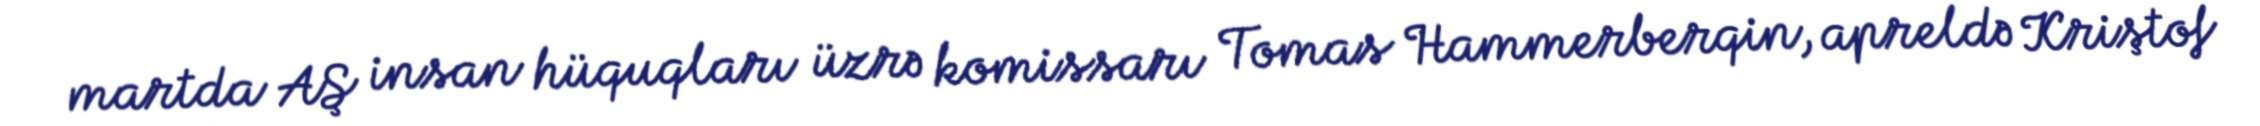
martda AŞ insan hüquqları üzrə komissarı Tomas Hammerberqin, apreldə Kriştof